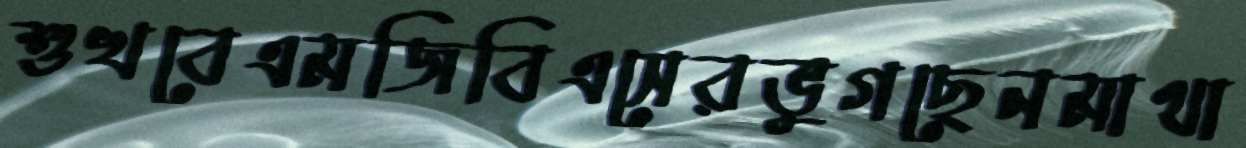
শুখবেএমজিবিএসেরভুগছেনমাথা